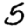
Digit: 5